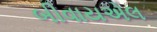
બીવાયએલ